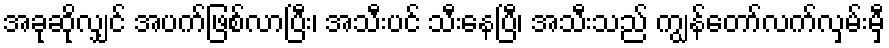
အခုဆိုလျှင် အပက်ဖြစ်လာပြီး၊ အသီးပင် သီးနေပြီ၊ အသီးသည် ကျွန်တော်လက်လှမ်းမှီ